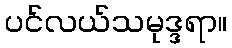
ပင်လယ်သမုဒ္ဒရာ။